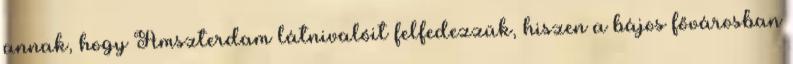
annak, hogy Amszterdam látnivalóit felfedezzük, hiszen a bájos fővárosban